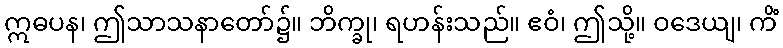
ဣဓပန၊ ဤသာသနာတော်၌။ ဘိက္ခု၊ ရဟန်းသည်။ ဧဝံ၊ ဤသို့။ ဝဒေယျ၊ ကိံ